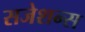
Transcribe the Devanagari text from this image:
सजेशन्स